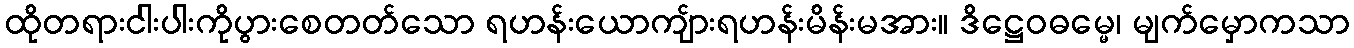
ထိုတရားငါးပါးကိုပွားစေတတ်သော ရဟန်းယောကျ်ားရဟန်းမိန်းမအား။ ဒိဋ္ဌေဝဓမ္မေ၊ မျက်မှောကသာ